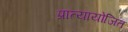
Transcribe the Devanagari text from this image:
प्रात्यायोजित